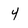
Character: 4